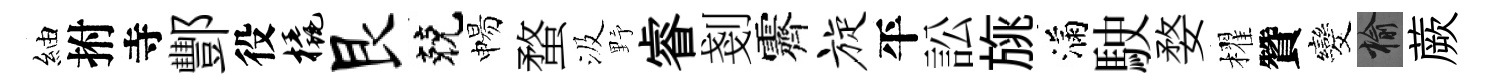
紬拊寺酆役橇艮兢惕蝥汲野睿剗霽旋平訟旐滿駛婺櫂贊发榆蕨